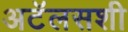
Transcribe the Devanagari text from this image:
अटॅलसशी